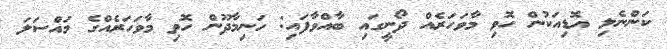
ކަންނެލި އޮޑިއަކުން ހޮވި މާވަހަރެއް ދޯނީގައި ބާއްވާފައި: ހަނިމާދޫން ހޮވި މާވަހަރެއްގެ މައްސަލަ